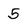
Character: 5